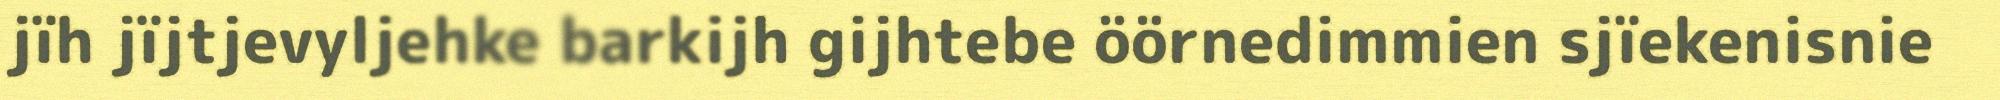
jïh jïjtjevyljehke barkijh gijhtebe öörnedimmien sjïekenisnie